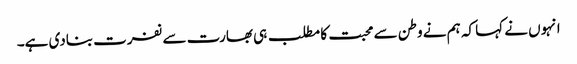
انہوں نے کہا کہ ہم نے وطن سے محبت کا مطلب ہی بھارت سے نفرت بنادی ہے۔